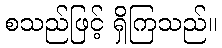
စသည်ဖြင့် ရှိကြသည်။